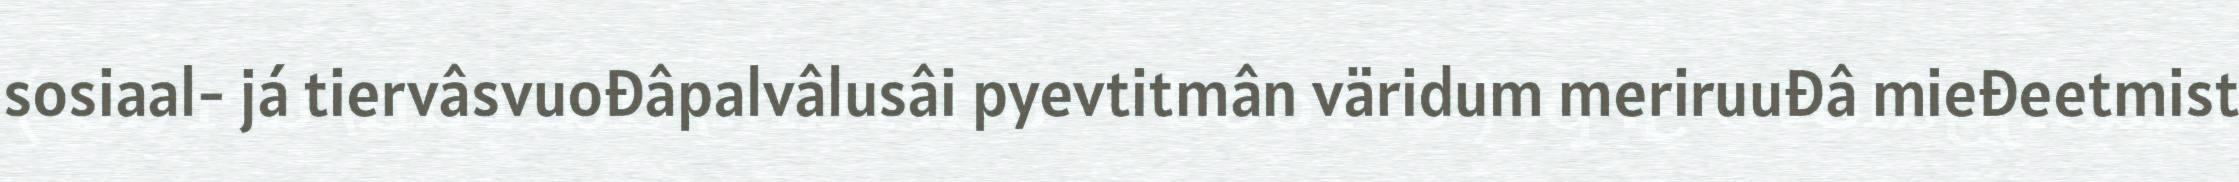
sosiaal- já tiervâsvuođâpalvâlusâi pyevtitmân väridum meriruuđâ mieđeetmist